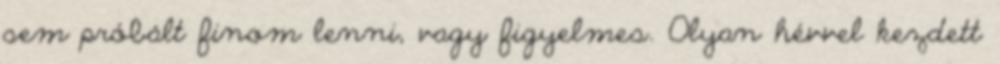
sem próbált finom lenni, vagy figyelmes. Olyan hévvel kezdett